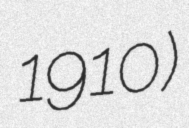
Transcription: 1910)